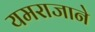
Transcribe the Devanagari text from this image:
यमराजाने